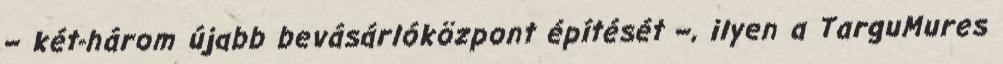
– két-három újabb bevásárlóközpont építését –, ilyen a TarguMures